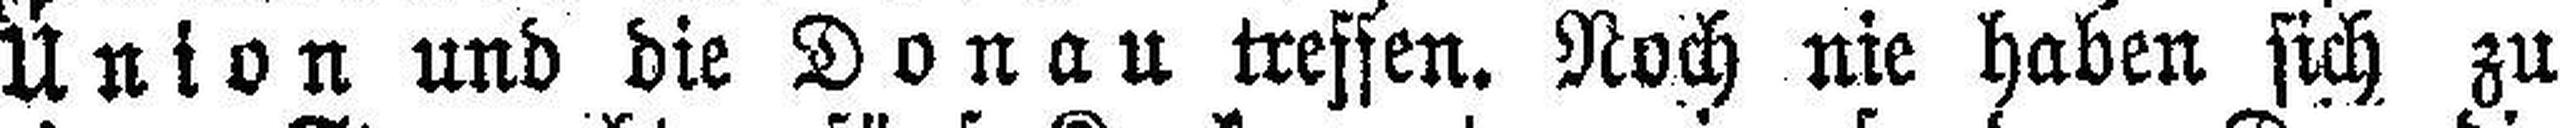
Union und die Donau treffen. Noch nie haben sich zu